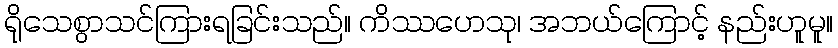
ရိုသေစွာသင်ကြားရခြင်းသည်။ ကိဿဟေသု၊ အဘယ်ကြောင့် နည်းဟူမူ။